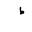
Letter: _da